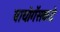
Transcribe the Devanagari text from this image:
बायोगॅसकडे